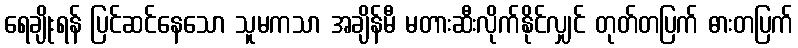
ရေချိုးရန် ပြင်ဆင်နေသော သူမကသာ အချိန်မီ မတားဆီးလိုက်နိုင်လျှင် တုတ်တပြက် ဓားတပြက်